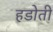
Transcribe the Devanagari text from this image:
हडोती